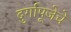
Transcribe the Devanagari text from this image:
दुर्गापूजेचे